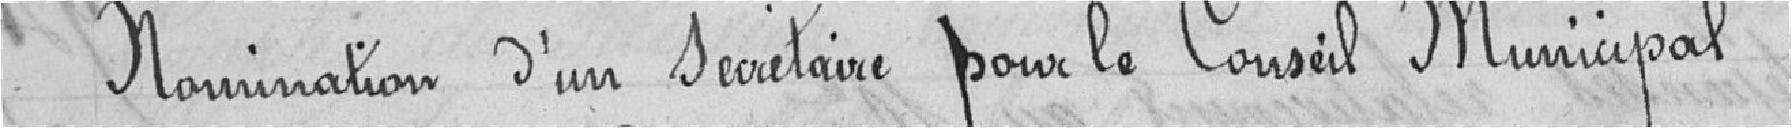
Nomination d'un Secrétaire pour le Conseil Municipal